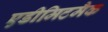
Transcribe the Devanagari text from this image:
एडीमिटमैक